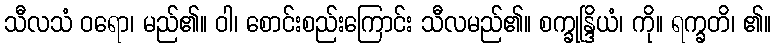
သီလသံ ဝရော၊ မည်၏။ ဝါ၊ စောင်းစည်းကြောင်း သီလမည်၏။ စက္ခုန္ဒြိယံ၊ ကို။ ရက္ခတိ၊ ၏။